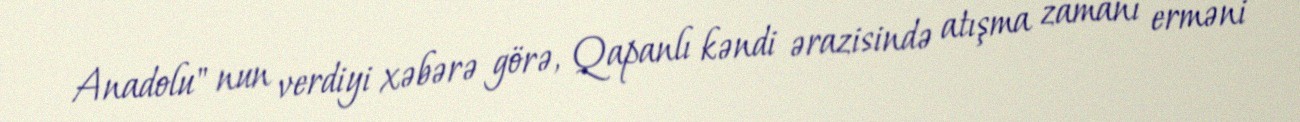
Anadolu" nun verdiyi xəbərə görə, Qapanlı kəndi ərazisində atışma zamanı erməni